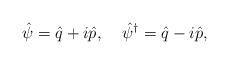
\begin{align*}\hat{\psi}=\hat{q}+i\hat{p}, \;\;\;\;\hat{\psi}^{\dagger}=\hat{q}-i\hat{p},\end{align*}